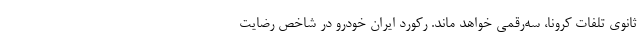
ثانوی تلفات کرونا، سه‌رقمی خواهد ماند. رکورد ایران خودرو در شاخص رضایت